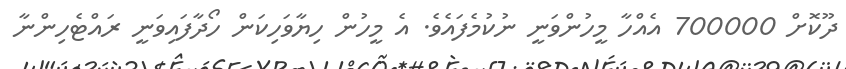
ދޫކޮށް 700000 އެއްހާ މީހުންވަނީ ނުކުމެފައެވެ. އެ މީހުން ހިޔާވަހިކަން ހޯދާފައިވަނީ ރައްޓެހިންނާ